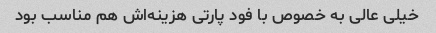
خیلی عالی به خصوص با فود پارتی هزینه‌اش هم مناسب بود